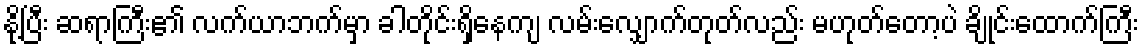
နို့ပြီး ဆရာကြီး၏ လက်ယာဘက်မှာ ခါတိုင်းရှိနေကျ လမ်းလျှောက်တုတ်လည်း မဟုတ်တော့ပဲ ချိုင်းထောက်ကြီး